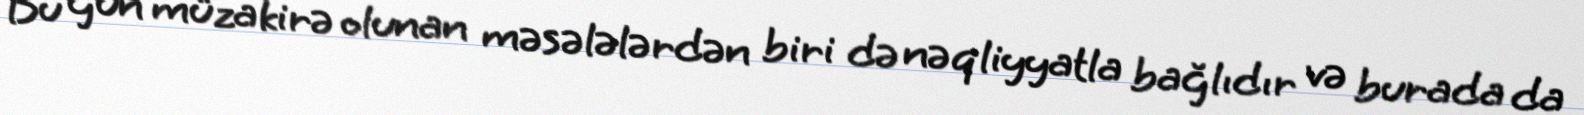
Bu gün müzakirə olunan məsələlərdən biri də nəqliyyatla bağlıdır və burada da